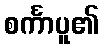
စင်္ကာပူ၏